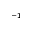
^ { - 1 }